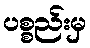
ပစ္စည်းမှ